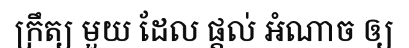
ក្រឹត្យ មួយ ដែល ផ្តល់ អំណាច ឲ្យ